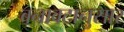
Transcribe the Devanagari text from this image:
बनावटानुसार